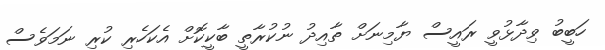
ހަބީބު ވިދާޅުވީ ރައީސް ޔާމިނަށް ތާއިދު ނުކުރާތީ ބާކީކޮށް އެކަހެރި ކުރި ނަމަވެސް